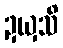
ဍယှသိ